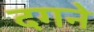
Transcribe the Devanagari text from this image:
दगने